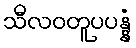
သီလဝတူပပန္နံ